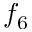
f _ { 6 }